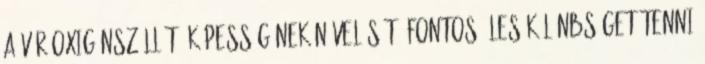
a vér oxigénszállító képességének növelését. Fontos éles különbséget tenni